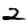
Digit: 2